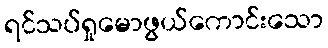
ရင်သပ်ရှုမောဖွယ်ကောင်းသော